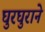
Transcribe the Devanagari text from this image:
घुरघुराने